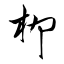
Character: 柳